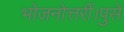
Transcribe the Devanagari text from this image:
भोजनोत्तरीं।पुसे